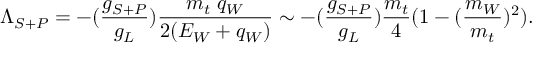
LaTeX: \Lambda _ { S + P } = - ( \frac { g _ { S + P } } { g _ { L } } ) \frac { m _ { t } \; q _ { W } } { 2 ( E _ { W } + q _ { W } ) } \sim - ( \frac { g _ { S + P } } { g _ { L } } ) \frac { m _ { t } } { 4 } ( 1 - ( \frac { m _ { W } } { m _ { t } } ) ^ { 2 } ) .